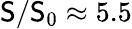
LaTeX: \mathsf{S}/\mathsf{S}_{0}\approx5.5